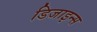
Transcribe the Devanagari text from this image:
डिजाइन्स